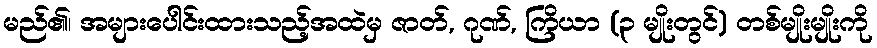
မည်၏၊ အများပေါင်းထားသည့်အထဲမှ ဇာတ်, ဂုဏ်, ကြိယာ (၃ မျိုးတွင်) တစ်မျိုးမျိုးကို